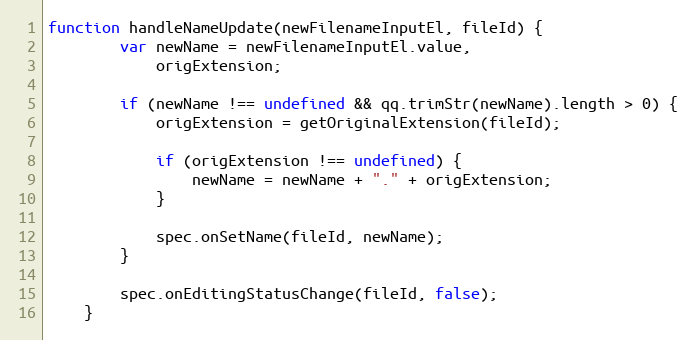
Language: JavaScript
function handleNameUpdate(newFilenameInputEl, fileId) {
        var newName = newFilenameInputEl.value,
            origExtension;

        if (newName !== undefined && qq.trimStr(newName).length > 0) {
            origExtension = getOriginalExtension(fileId);

            if (origExtension !== undefined) {
                newName = newName + "." + origExtension;
            }

            spec.onSetName(fileId, newName);
        }

        spec.onEditingStatusChange(fileId, false);
    }